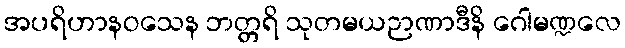
အပရိဟာနဝသေန ဘတ္တရိ သုတမယဉာဏာဒီနိ ဂေါမဏ္ဍလေ